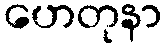
ဟေတုနာ